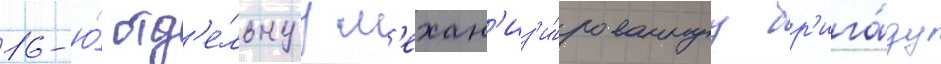
16-ю́ отд'е́льнуу м'ехан'из'и́рованнуу бр'ига́ду